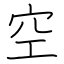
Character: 空